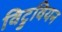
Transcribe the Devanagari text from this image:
विट्रुवियन